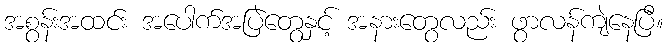
အစွန်းအထင်း အပေါက်အပြဲတွေနှင့် အနားတွေလည်း ဖွာလန်ကျဲနေပြီ။